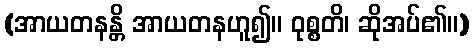
(အာယတနန္တိ အာယတနဟူ၍။ ဝုစ္စတိ၊ ဆိုအပ်၏။)